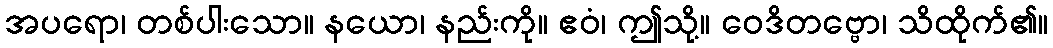
အပရော၊ တစ်ပါးသော။ နယော၊ နည်းကို။ ဧဝံ၊ ဤသို့။ ဝေဒိတဗ္ဗော၊ သိထိုက်၏။